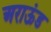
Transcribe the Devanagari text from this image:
अराऊंड